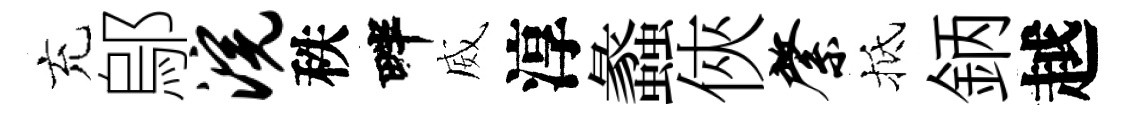
充鄔浣秩畔威淳蠡俠綮抵鈵越